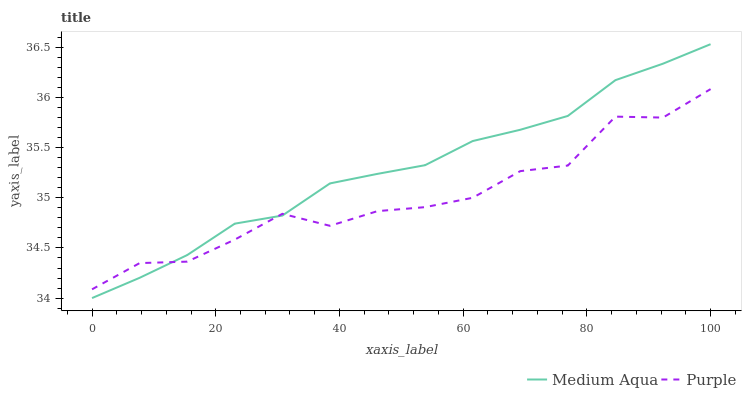
| xaxis_label | Medium Aqua | Purple |
 | --- | --- | --- |
 | 0 | 34 | 34.1 |
 | 7.69 | 34.2 | 34.3 |
 | 15.4 | 34.4 | 34.4 |
 | 23.1 | 34.7 | 34.6 |
 | 30.8 | 34.8 | 34.8 |
 | 38.5 | 35.1 | 34.7 |
 | 46.2 | 35.2 | 34.9 |
 | 53.8 | 35.3 | 34.9 |
 | 61.5 | 35.6 | 35 |
 | 69.2 | 35.7 | 35.3 |
 | 76.9 | 35.8 | 35.3 |
 | 84.6 | 36.2 | 35.8 |
 | 92.3 | 36.3 | 35.8 |
 | 100 | 36.5 | 36.1 |